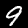
Digit: 9